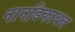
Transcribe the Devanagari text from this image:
नानडिकाथल